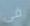
فى